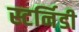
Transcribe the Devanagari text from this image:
स्टर्निडी